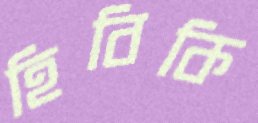
হিবিকি